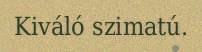
Kiváló szimatú.